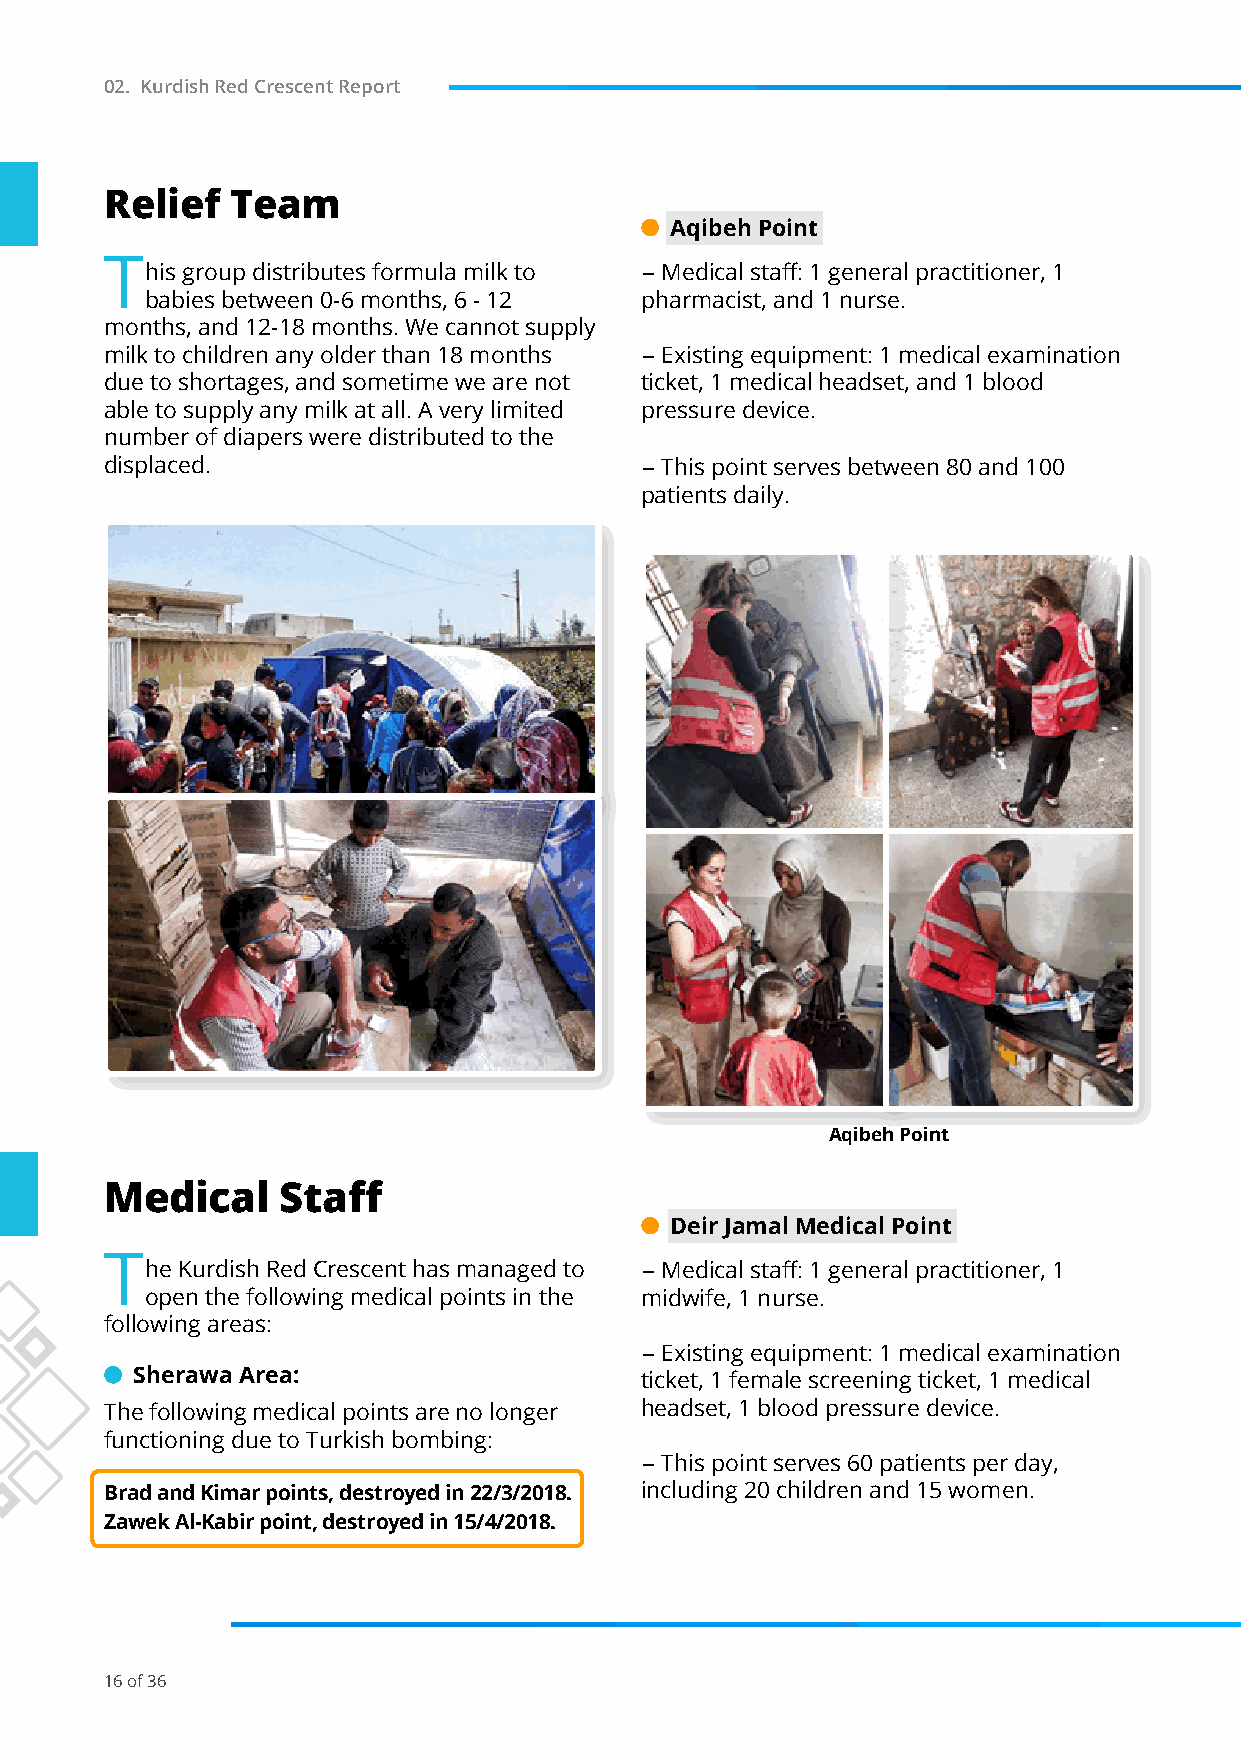
02. Kurdish Red Crescent Report
 Relief  Team
 Aqibeh Point
 T
 his group distributes formula milk to - Medical staff: 1 general practitioner, 1
 babies between 0-6 months, 6 - 12 pharmacist, and 1 nurse.
 months, and 12-18 months. We cannot supply
 milk to children any older than 18 months - Existing equipment: 1 medical examination
 due to shortages, and sometime we are not ticket, 1 medical headset, and 1 blood
 able to supply any milk at all. A very limited pressure device.
 number of diapers were distributed to the
 displaced.                         - This point serves between 80 and 100
 patients daily.
 Aqibeh Point
 Medical     Staff
 Deir Jamal Medical Point
 T
 he Kurdish Red Crescent has managed to - Medical staff: 1 general practitioner, 1
 open the following medical points in the midwife, 1 nurse.
 following areas:
 - Existing equipment: 1 medical examination
 Sherawa Area:                    ticket, 1 female screening ticket, 1 medical
 The following medical points are no longer headset, 1 blood pressure device.
 functioning due to Turkish bombing:
 - This point serves 60 patients per day,
 Brad and Kimar points, destroyed in 22/3/2018. including 20 children and 15 women.
 Zawek Al-Kabir point, destroyed in 15/4/2018.
 16 of 36